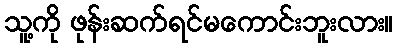
သူ့ကို ဖုန်းဆက်ရင်မကောင်းဘူးလား။